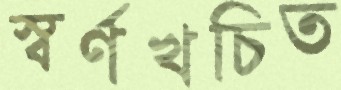
স্বর্ণখচিত